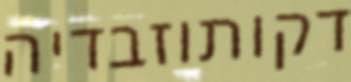
דקותוזבדיה